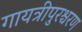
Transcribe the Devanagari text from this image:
गायत्रीपुरश्चरण